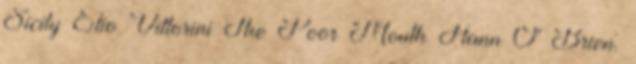
Sicily Elio Vittorini The Poor Mouth Flann O' Brien.